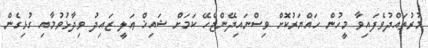
މުރުތައްދުވެފައިވާ މީހުން ހައްޔަރުކޮށް ވިސްނައިދޭންޖެހޭ ކަމަށް ޝައިޚް ޢަލީ ޒައިދު ވިދާޅުވުމާއި ގުޅިގެން